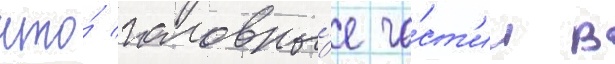
что́ головны́е ча́ст'и в